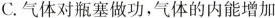
C.气体对瓶塞做功，气体的内能增加